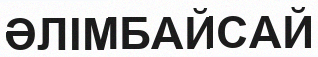
ӘЛІМБАЙСАЙ